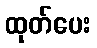
ထုတ်ပေး